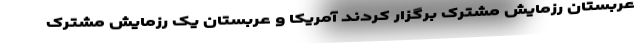
عربستان رزمایش مشترک برگزار کردند آمریکا و عربستان یک رزمایش مشترک